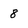
Character: 8